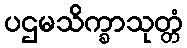
ပဌမသိက္ခာသုတ္တံ